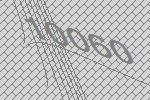
10060